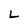
Character: L